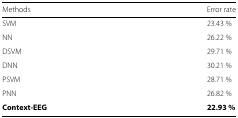
| Methods | Error rate |
 | --- | --- |
 | SVM | 23.43 % |
 | NN | 26.22 % |
 | DSVM | 29.71 % |
 | DNN | 30.21 % |
 | PSVM | 28.71 % |
 | PNN | 26.82 % |
 | Context-EEG | 22.93 % |